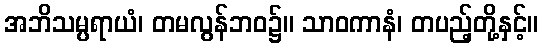
အဘိသမ္ပရာယံ၊ တမလွန်ဘဝ၌။ သာဝကာနံ၊ တပည့်တို့နှင့်။